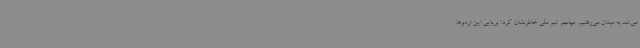
می‌شد به میدان می‌رفتیم. مهاجم تیم ملی خاطرنشان کرد: برپایی این اردوها